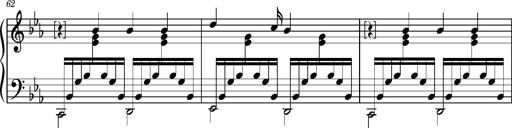
Title: PrÃ©ludes et Harmonies poÃ©tiques et religieuses
Composer: Franz Liszt